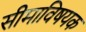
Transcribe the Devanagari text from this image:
सीमाविषयक